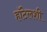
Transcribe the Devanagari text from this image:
हॉटेलशी